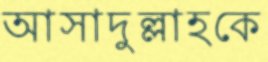
আসাদুল্লাহকে